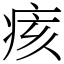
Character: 痎